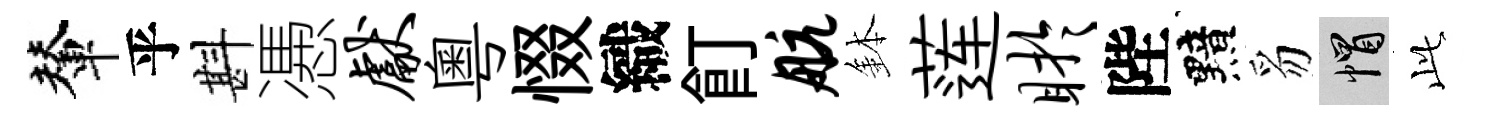
輦乎斟慿献粵惙織飣航鉢莲盱陛黯豸帽𬼘